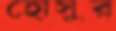
হোসুর